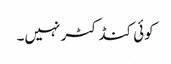
کوئی کنڈکٹر نہیں۔